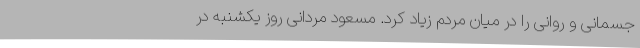
جسمانی و روانی را در میان مردم زیاد کرد. مسعود مردانی روز یکشنبه در